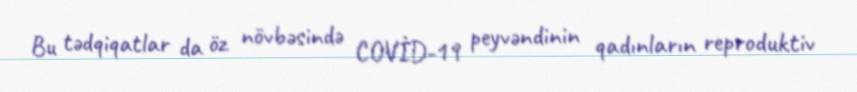
Bu tədqiqatlar da öz növbəsində COVİD-19 peyvəndinin qadınların reproduktiv